Vaccination North-Western Provinces and Oudh 1878-1895 - 1878-1895
Year: 1878
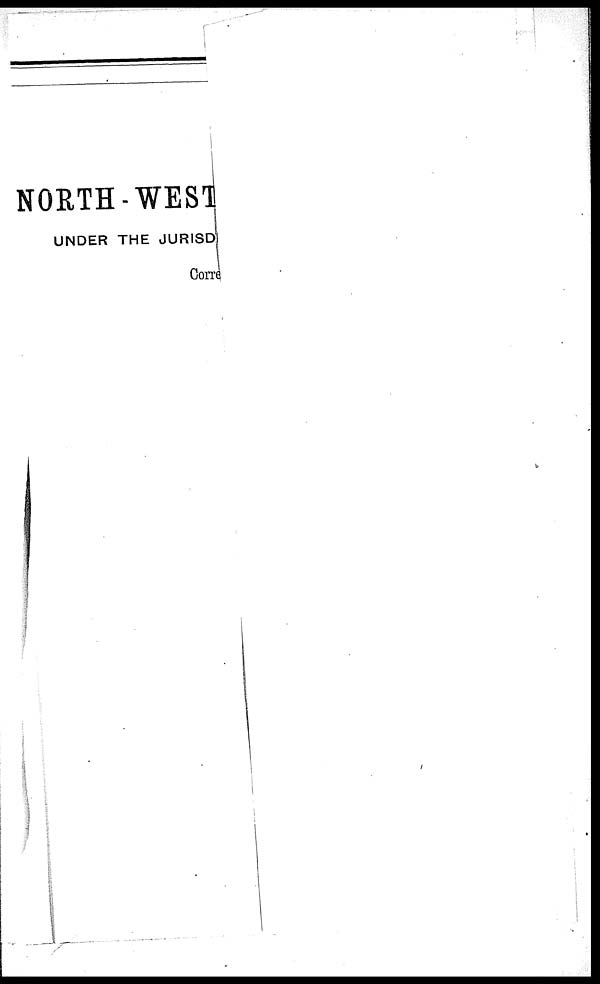
NORTH-WEST
UNDER THE JURISD
Corre